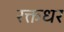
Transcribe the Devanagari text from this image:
रक्तधर